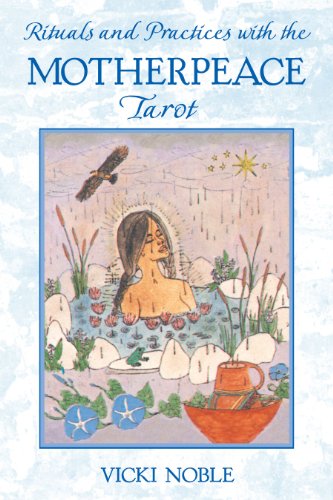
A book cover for Rituals and Practices with the Motherpeace Tarot; Vicki Noble; Religion & Spirituality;